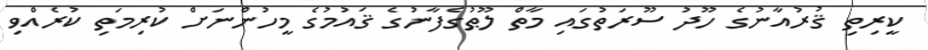
ކީރިތި ޤުރުއާނުގެ ހޫދު ސޫރަތުގައި މާތް ލޫޠުގެފާނުގެ ޤައުމުގެ މީހުންނަށް ކުރިމަތި ކުރެއްވި